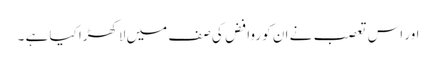
اور اس تعصب نے ان کو روافض کی صف میں لاکھڑا کیا ہے ۔